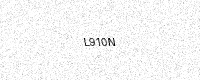
Text: L910N